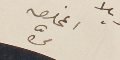
المخلصه مىّ